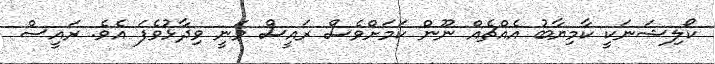
ކޯލިޝަނަކީ ކާމިޔާބު އެއްޗެއް ނޫން ކަމަށްވެސް ރައީސް ވަނީ ވިދާޅުވެފަ އެވެ. ރައީސް